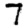
Digit: 7